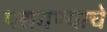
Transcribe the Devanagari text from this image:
परागण्याचे